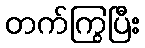
တက်ကြွပြီး